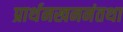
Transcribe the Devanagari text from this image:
प्रार्थनखननंतथा